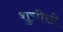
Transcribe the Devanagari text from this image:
शुचीसी